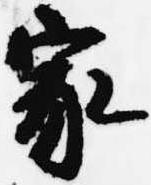
家